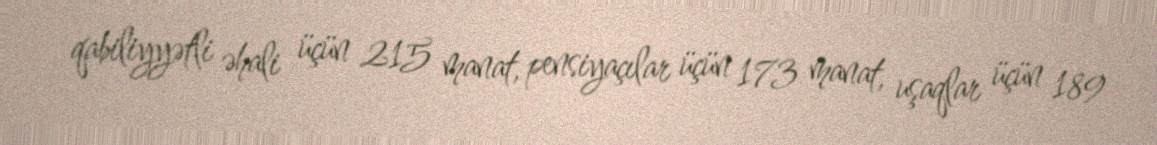
qabiliyyətli əhali üçün 215 manat, pensiyaçılar üçün 173 manat, uşaqlar üçün 189